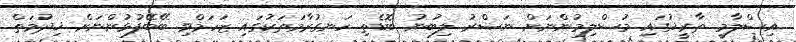
އިސްލާމީ ތާރީޚުގައި މުސްލިމުންނަށް ނަޞްރު ލިބުނު ބޮޑެތި ހަނގުރާމަތަކުގައި ޒަހަމްވި ބޭބޭފުޅުންނަށް ޚިދުމަތް